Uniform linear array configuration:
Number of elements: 4
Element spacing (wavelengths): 0.5
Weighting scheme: binomial
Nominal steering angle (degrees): -30
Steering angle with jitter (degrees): -31.457
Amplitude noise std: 0.05
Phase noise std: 0.05

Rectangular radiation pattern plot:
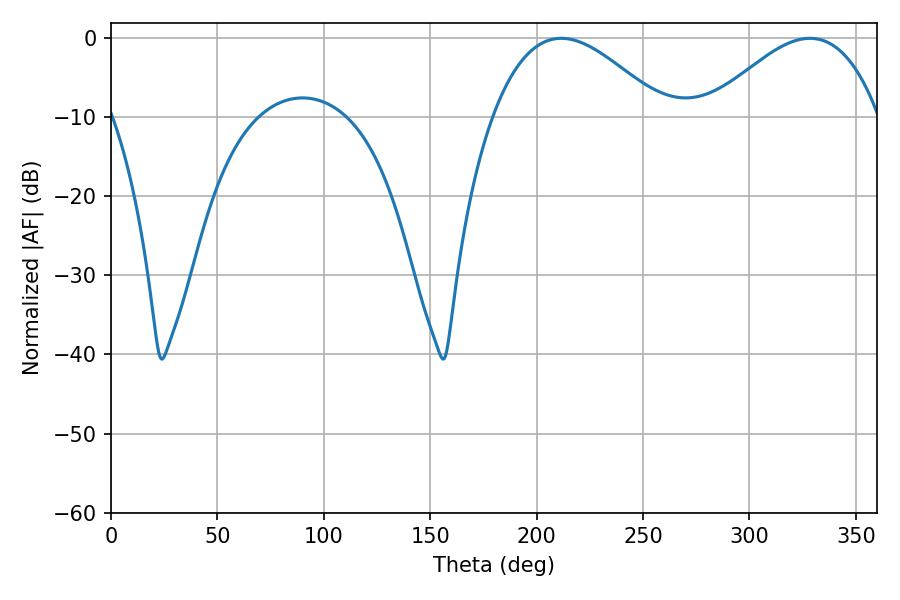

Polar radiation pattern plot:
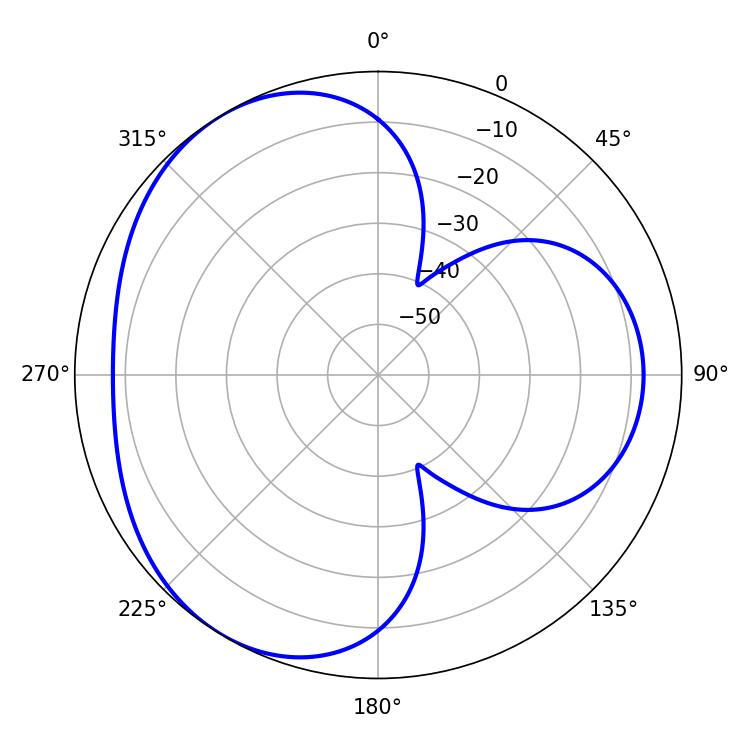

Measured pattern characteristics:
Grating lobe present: FALSE
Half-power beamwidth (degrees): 43.56
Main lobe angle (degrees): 211.5